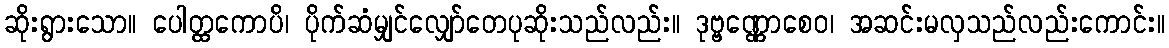
ဆိုးရွားသော။ ပေါတ္ထကောပိ၊ ပိုက်ဆံမျှင်လျှော်တေပုဆိုးသည်လည်း။ ဒုဗ္ဗဏ္ဏောစေဝ၊ အဆင်းမလှသည်လည်းကောင်း။